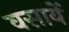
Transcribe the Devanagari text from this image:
वसायें